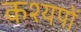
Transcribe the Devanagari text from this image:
कश्यपों